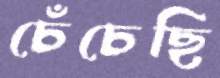
চেঁচেছি